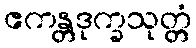
ဧကန္တဒုက္ခသုတ္တံ